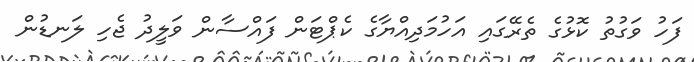
ފަހު ވަގުތު ކޮޅުގެ ތެރޭގައި އަހުމަދިއްޔާގެ ކެޕްޓަން ފައްސާން ވަލީދު ޖެހި ލަނޑުން